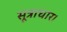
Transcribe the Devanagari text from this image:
सूत्राधार।